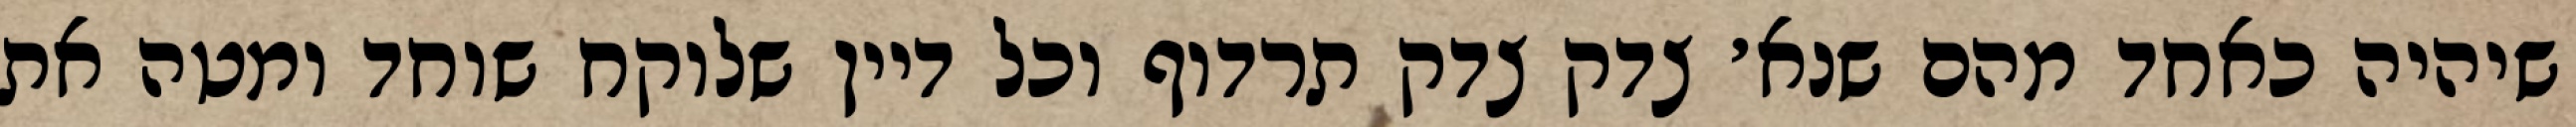
שיהיה כאחד מהם שנא׳ צדק צדק תרדוף וכל דיין שלוקח שוחד ומטה את